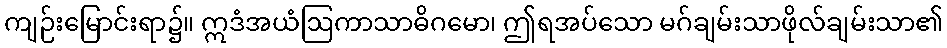
ကျဉ်းမြောင်းရာ၌။ ဣဒံအယံဩကာသာဓိဂမော၊ ဤရအပ်သော မဂ်ချမ်းသာဖိုလ်ချမ်းသာ၏